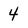
Character: 4